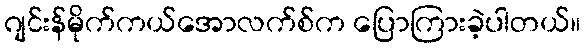
ဂျင်းန်မိုက်ကယ်အောလက်စ်က ပြောကြားခဲ့ပါတယ်။